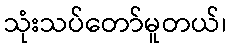
သုံးသပ်တော်မူတယ်၊